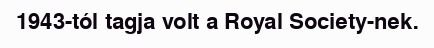
1943-tól tagja volt a Royal Society-nek.